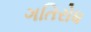
ગતિરોધ